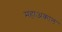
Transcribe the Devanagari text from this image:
महाअकाल